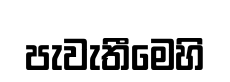
පැවැතීමෙහි